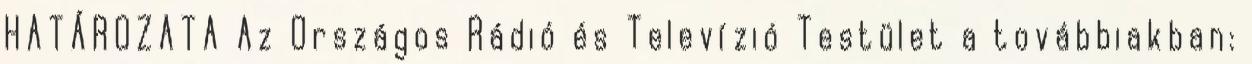
HATÁROZATA Az Országos Rádió és Televízió Testület a továbbiakban: